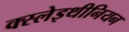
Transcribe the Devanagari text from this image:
क्स्लेइथीनियन